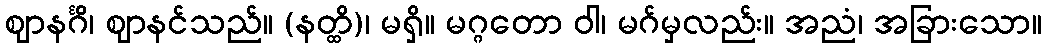
ဈာနင်္ဂိ၊ ဈာနင်သည်။ (နတ္ထိ)၊ မရှိ။ မဂ္ဂတော ဝါ၊ မဂ်မှလည်း။ အညံ၊ အခြားသော။